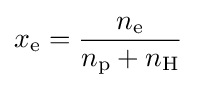
x_{\text{e}}={\frac {n_{\text{e}}}{n_{\text{p}}+n_{\text{H}}}}